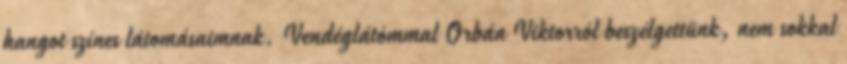
hangot színes látomásaimnak. Vendéglátómmal Orbán Viktorról beszélgettünk, nem sokkal